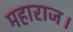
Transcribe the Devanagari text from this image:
महाराज।